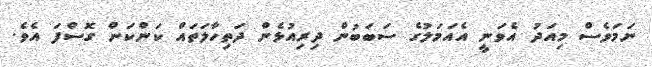
ނަމަވެސް މިއަދު އެވަނީ އެއަމަލުގެ ސަބަބުން ދިރިއުޅެން ދަތިހާލަތައް ކަންކަން ގޮސްފަ އެވެ.